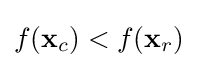
f(\mathbf {x} _{c})<f(\mathbf {x} _{r})